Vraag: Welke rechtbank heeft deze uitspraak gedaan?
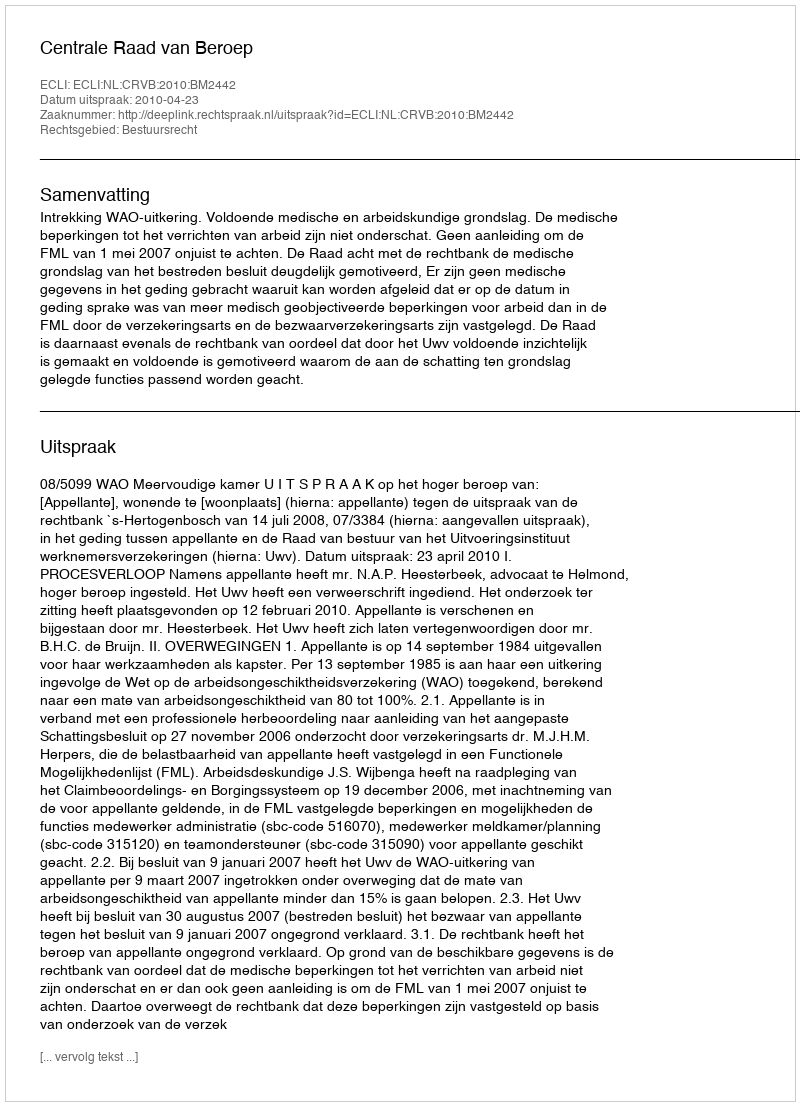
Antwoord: Centrale Raad van Beroep